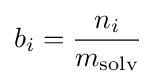
b_{i}={\frac {n_{i}}{m_{\rm {solv}}}}